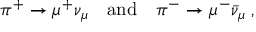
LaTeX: \pi ^ { + } \to \mu ^ { + } \nu _ { \mu } \quad \mathrm { a n d } \quad \pi ^ { - } \to \mu ^ { - } \bar { \nu } _ { \mu } \; ,